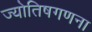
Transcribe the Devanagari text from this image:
ज्योतिषगणना